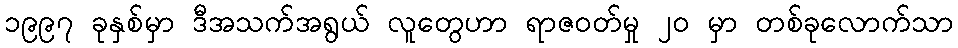
၁၉၉၇ ခုနှစ်မှာ ဒီအသက်အရွယ် လူတွေဟာ ရာဇဝတ်မှု ၂၀ မှာ တစ်ခုလောက်သာ